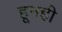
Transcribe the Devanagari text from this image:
हूनही